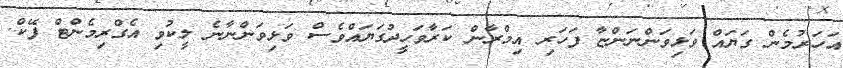
އަހަރުމެން ގަޔައް ވަޅިވަންނަންޏާ ފަހަރި އިމްރާން ކަރާވަހީދުގަޔައްވެސް ވަޅިވަންނާނެ ލީކުވި އެގްރިމެންޓް ފޭކް.